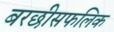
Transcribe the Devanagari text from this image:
बरछीसफलिक